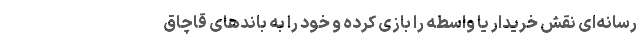
رسانه‌ای نقش خریدار یا واسطه را بازی کرده و خود را به باندهای قاچاق